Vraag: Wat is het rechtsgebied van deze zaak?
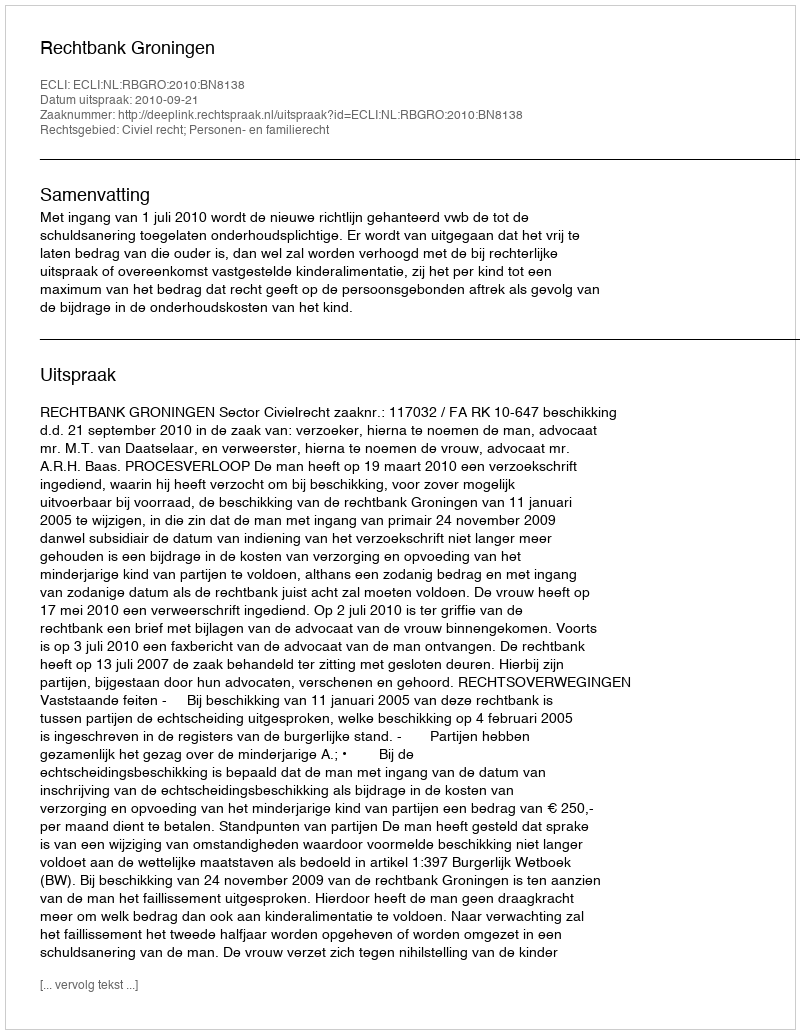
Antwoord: Civiel recht; Personen- en familierecht